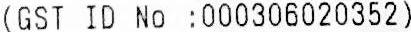
(GST ID NO :000306020352)